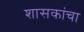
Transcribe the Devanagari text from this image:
शासकांचा